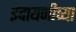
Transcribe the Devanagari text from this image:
इंदायणीच्या